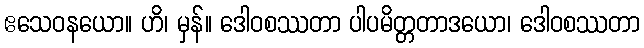
ဧသေဝနယော။ ဟိ၊ မှန်။ ဒေါဝစဿတာ ပါပမိတ္တတာဒယော၊ ဒေါဝစဿတာ